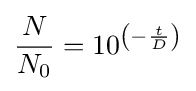
{\frac {N}{N_{0}}}=10^{\left(-{\frac {t}{D}}\right)}